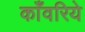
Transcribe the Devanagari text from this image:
काँवरिये